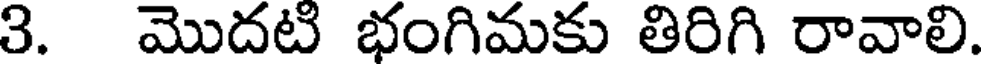
3. మొదటి భంగిమకు తిరిగి రావాలి.